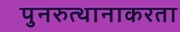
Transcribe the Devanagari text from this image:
पुनरुत्थानाकरता